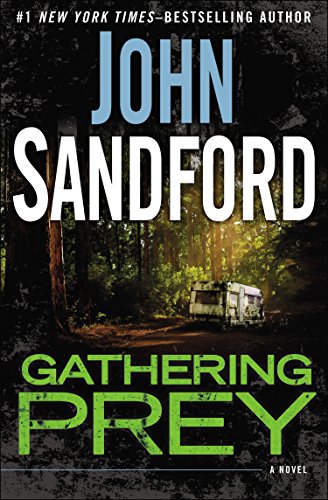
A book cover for Gathering Prey; John Sandford; Mystery, Thriller & Suspense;